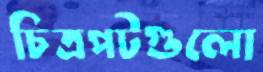
চিত্রপটগুলো